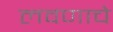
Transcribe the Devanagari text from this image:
लवणाचे